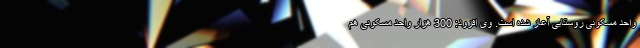
واحد مسکونی روستایی آغاز شده است. وی افزود: 300 هزار واحد مسکونی هم